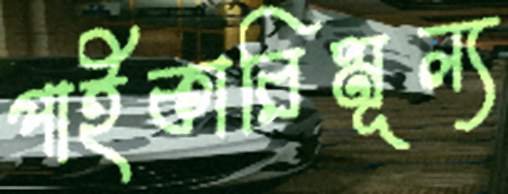
পাইকারিমূল্য